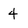
Character: 4